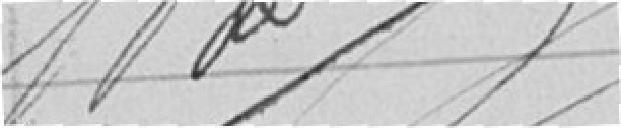
???